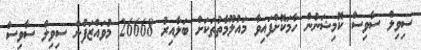
ސިވިލް ސާވިސް ކޮމިޝަނުން ހާމަކޮށްފައިވާ މައުލޫމާތުތަކަށް ބަލާއިރު 26668 މުވައްޒަފުން ސިވިލް ސާވިސް